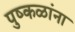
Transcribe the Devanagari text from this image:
पुष्‍कळांना